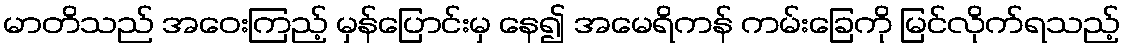
မာတိသည် အဝေးကြည့် မှန်ပြောင်းမှ နေ၍ အမေရိကန် ကမ်းခြေကို မြင်လိုက်ရသည့်